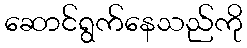
ဆောင်ရွက်နေသည်ကို